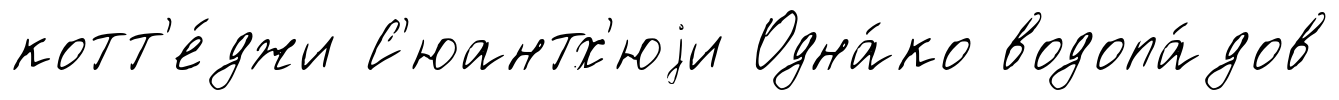
котт'е́джи С'юантх'юjи Одна́ко водопа́дов